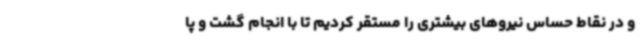
و در نقاط حساس نیروهای بیشتری را مستقر کردیم تا با انجام گشت و پا